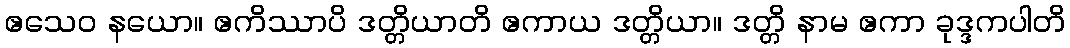
ဧသေဝ နယော။ ဧကိဿာပိ ဒတ္တိယာတိ ဧကာယ ဒတ္တိယာ။ ဒတ္တိ နာမ ဧကာ ခုဒ္ဒကပါတိ